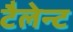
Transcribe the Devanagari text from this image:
टैलेन्ट